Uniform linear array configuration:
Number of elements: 48
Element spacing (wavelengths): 0.75
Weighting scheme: uniform
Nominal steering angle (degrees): -60
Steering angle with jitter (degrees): -59.909
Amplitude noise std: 0.05
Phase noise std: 0.05

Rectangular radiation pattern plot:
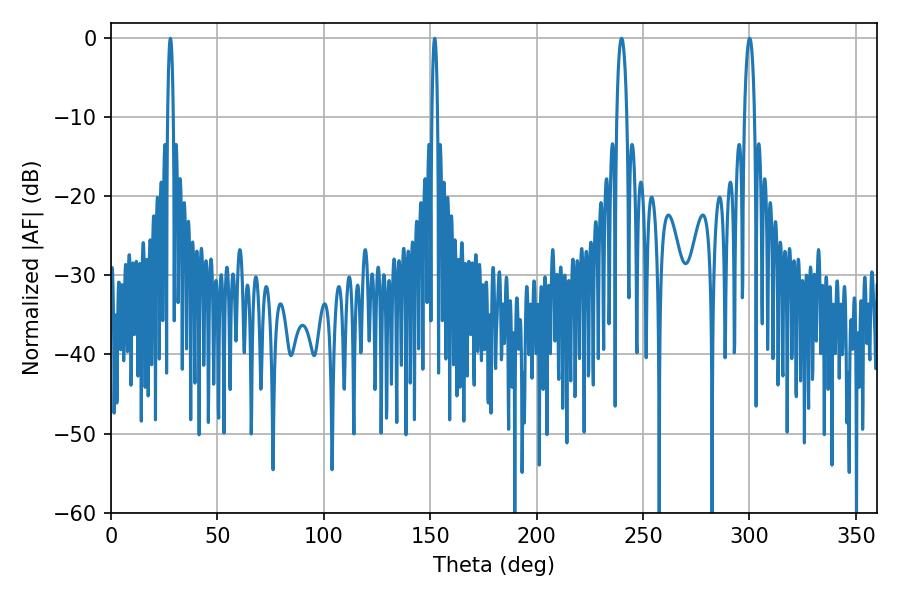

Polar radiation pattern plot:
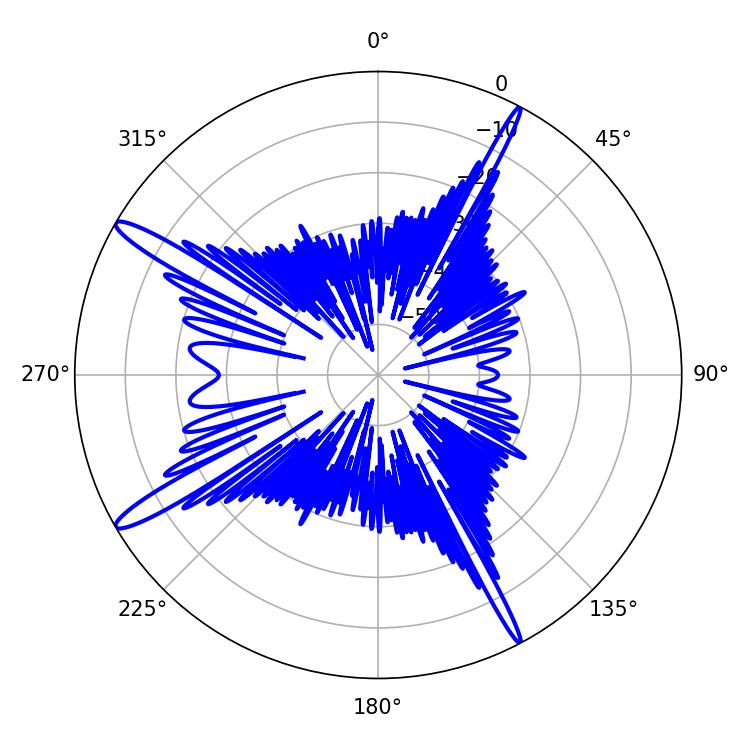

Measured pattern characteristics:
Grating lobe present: TRUE
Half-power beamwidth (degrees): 1.44
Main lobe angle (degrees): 27.9